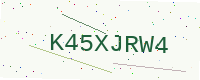
Text: K45XJRW4